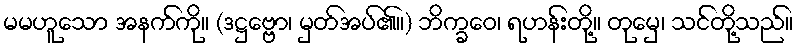
မမဟူသော အနက်ကို။ (ဒဋ္ဌဗ္ဗော၊ မှတ်အပ်၏။) ဘိက္ခဝေ၊ ရဟန်းတို့။ တုမှေ၊ သင်တို့သည်။